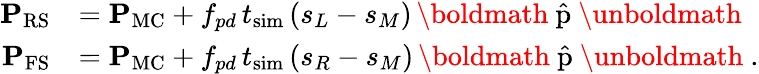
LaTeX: \begin{array}{rl}{{\mathbf{P}}_{\mathrm{RS}}}&{={\mathbf{P}}_{\mathrm{MC}}+f_{pd}\, t_{\mathrm{sim}}\, (s_{L}-s_{M})\, {\mathrm{\boldmath~\hat{p}~\unboldmath}}}\\ {{\mathbf{P}}_{\mathrm{FS}}}&{={\mathbf{P}}_{\mathrm{MC}}+f_{pd}\, t_{\mathrm{sim}}\, (s_{R}-s_{M})\, {\mathrm{\boldmath~\hat{p}~\unboldmath}}\ .}\end{array}